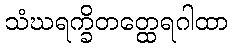
သံဃရက္ခိတတ္ထေရဂါထာ